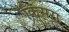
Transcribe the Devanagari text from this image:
किसरा